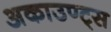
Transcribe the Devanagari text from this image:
अकाउण्ट्स